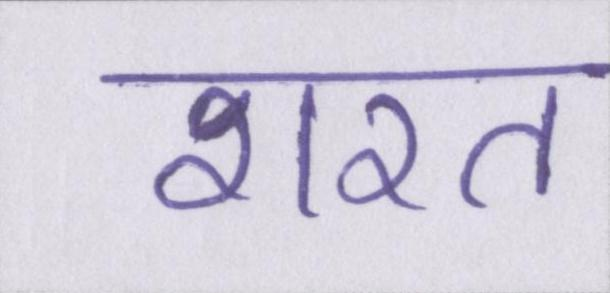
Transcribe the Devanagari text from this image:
शरत